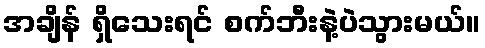
အချိန် ရှိသေးရင် စက်ဘီးနဲ့ပဲသွားမယ်။